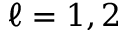
\ell = 1 , 2